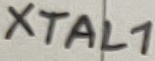
Text: XTAL1